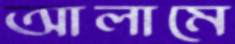
আলামে